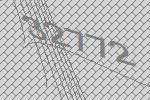
32772